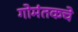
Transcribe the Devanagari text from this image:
गोमंतकचे